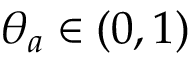
\theta _ { a } \in ( 0 , 1 )